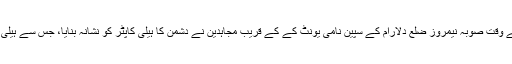
اطلاعات کے مطابق پیر کے روز صبح کے وقت صوبہ نیمروز ضلع دلارام کے سپین نامی یونٹ کے کے قریب مجاہدین نے دشمن کا ہیلی کاپٹر کو نشانہ بنایا، جس سے ہیلی کاپٹر گرکر تباہ اور اس میں سوار عملہ ہوا۔